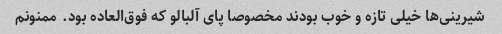
شیرینی‌ها خیلی تازه و خوب بودند مخصوصا پای آلبالو که فوق‌العاده بود. ممنونم